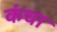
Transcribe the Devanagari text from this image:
कंचा